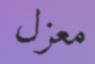
معزل